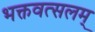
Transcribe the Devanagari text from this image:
भक्तवत्सलम्